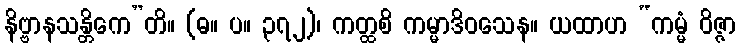
နိဗ္ဗာနသန္တိကေ”တိ။ (ဓ။ ပ။ ၃၇၂)၊ ကတ္ထစိ ကမ္မာဒိဝသေန။ ယထာဟ “ကမ္မံ ဝိဇ္ဇာ